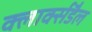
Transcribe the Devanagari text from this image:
क्लार्क्सडैल